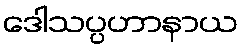
ဒေါသပ္ပဟာနာယ